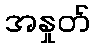
အနှုတ်